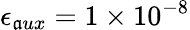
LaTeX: \epsilon_{\mathfrak{a}ux}=1\times10^{-8}